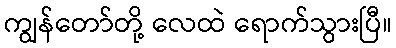
ကျွန်တော်တို့ လေထဲ ရောက်သွားပြီ။